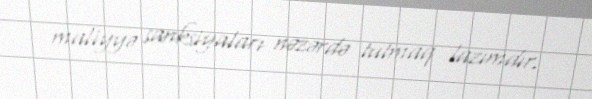
maliyyə sanksiyaları nəzərdə tutmaq lazımdır.